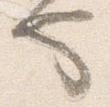
也